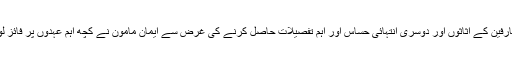
امارات کے سرکاری محکموں اور بینک صارفین کے اثاثوں اور دُوسری انتہائی حساس اور اہم تفصیلات حاصل کرنے کی غرض سے ایمان مامون نے کچھ اہم عہدوں پر فائز لوگوں کی ناجائز طور پر خدمات حاصل کیں۔